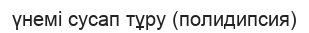
үнемі сусап тұру (полидипсия)